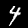
Label: 4